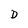
Character: D